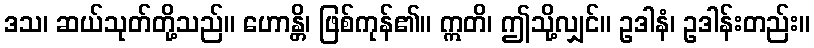
ဒသ၊ ဆယ်သုတ်တို့သည်။ ဟောန္တိ၊ ဖြစ်ကုန်၏။ ဣတိ၊ ဤသို့လျှင်။ ဥဒါနံ၊ ဥဒါန်းတည်း။